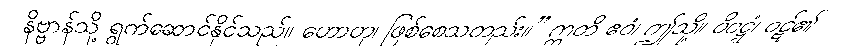
နိဗ္ဗာန်သို့ ရွက်ဆောင်နိုင်သည်။ ဟောတု၊ ဖြစ်စေသတည်း။” ဣတိ ဧဝံ၊ ဤသို့။ ဝိဝဋ္ဋံ၊ ဝဋ်၏